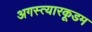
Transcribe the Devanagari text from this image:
अगस्त्यारकूडम